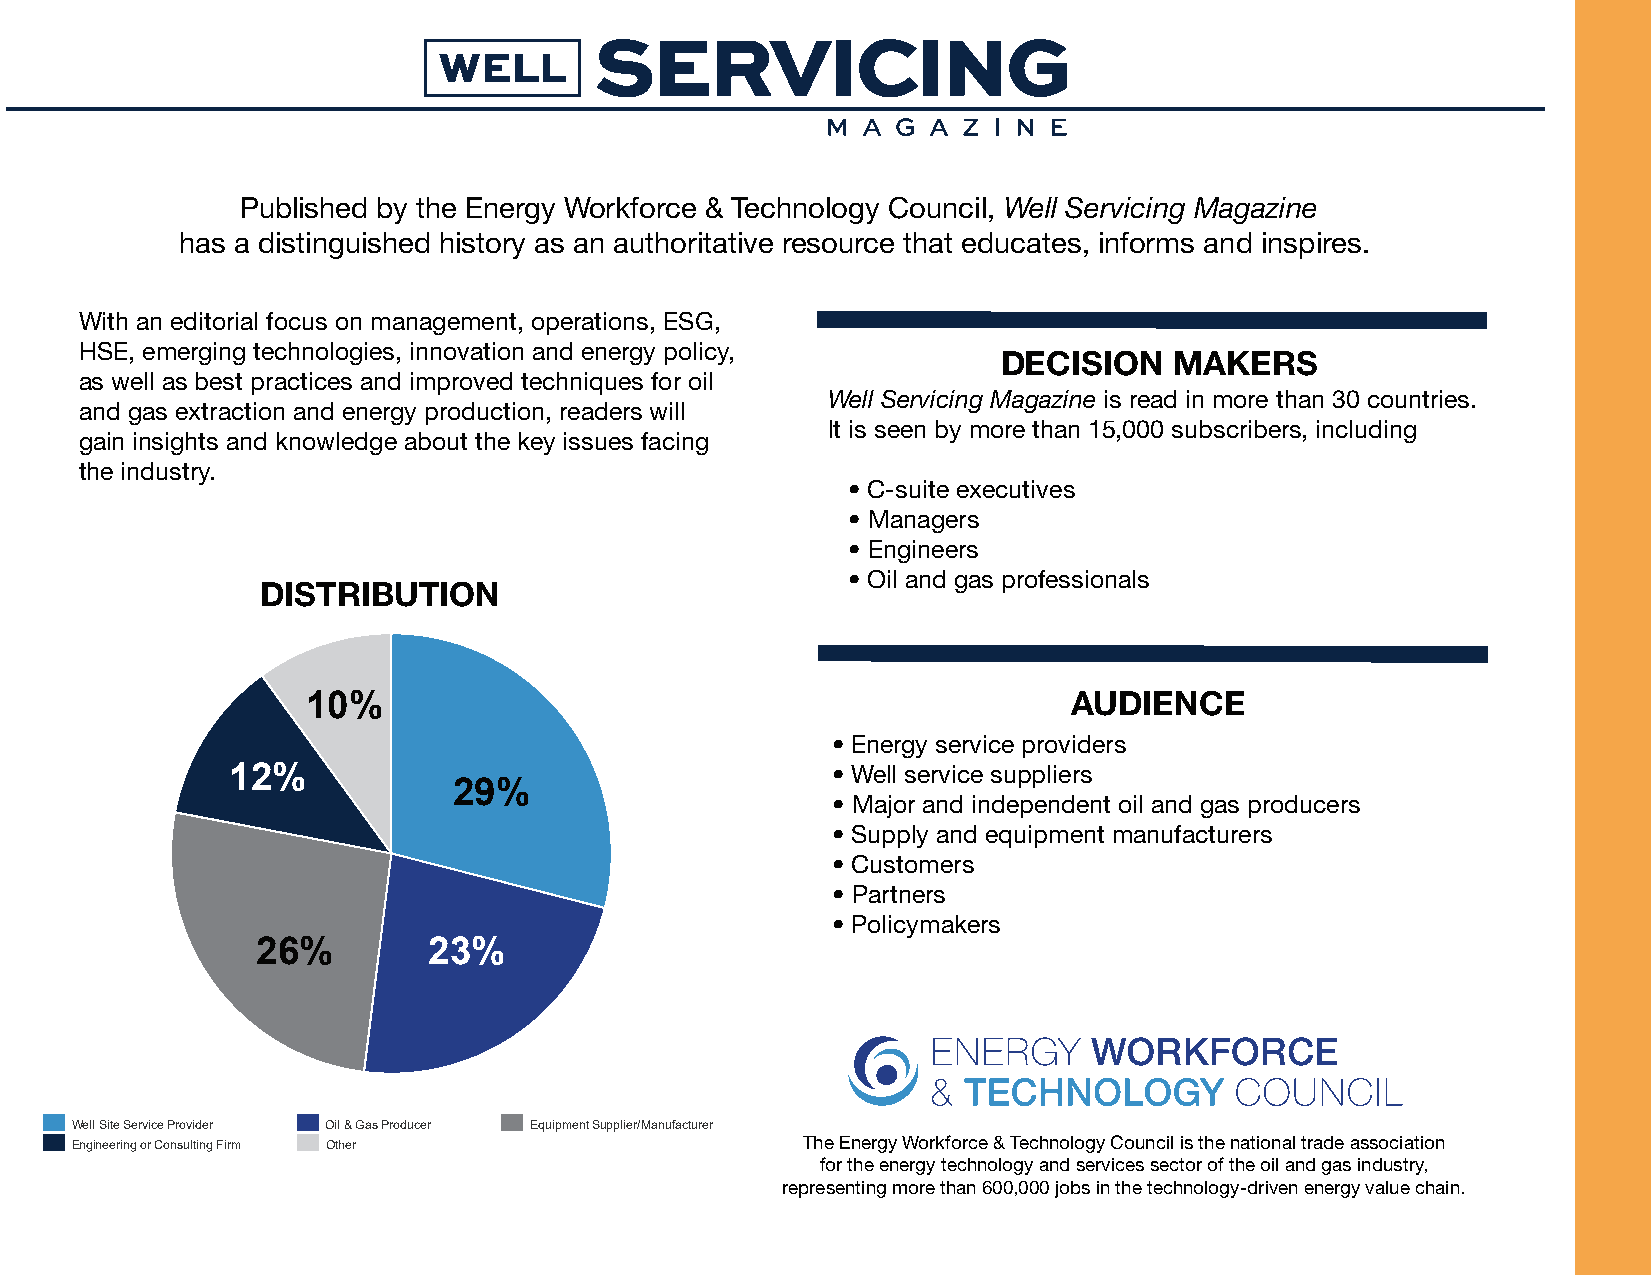
Published by the Energy Workforce & Technology Council, Well Servicing Magazine
 has a distinguished history as an authoritative resource that educates, informs and inspires.
 With an editorial focus on management, operations, ESG,
 HSE, emerging technologies, innovation and energy policy,
 DECISION    MAKERS
 as well as best practices and improved techniques for oil
 Well Servicing Magazine is read in more than 30 countries.
 and gas extraction and energy production, readers will
 It is seen by more than 15,000 subscribers, including
 gain insights and knowledge about the key issues facing
 the industry.
 • C-suite executives
 • Managers
 • Engineers
 • Oil and gas professionals
 DISTRIBUTION
 10%                                                AUDIENCE
 • Energy service providers
 12%                                     • Well service suppliers
 29%
 • Major and independent oil and gas producers
 • Supply and equipment manufacturers
 • Customers
 • Partners
 • Policymakers
 26%        23%
 Well Site Service Provider Oil & Gas Producer Equipment Supplier/Manufacturer
 The Energy Workforce & Technology Council is the national trade association
 Engineering or Consulting Firm Other
 for the energy technology and services sector of the oil and gas industry,
 representing more than 600,000 jobs in the technology-driven energy value chain.